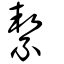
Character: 絜